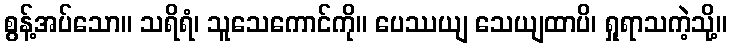
စွန့်အပ်သော။ သရိရံ၊ သူသေကောင်ကို။ ပေဿယျ သေယျထာပိ၊ ရှုရာသကဲ့သို့။